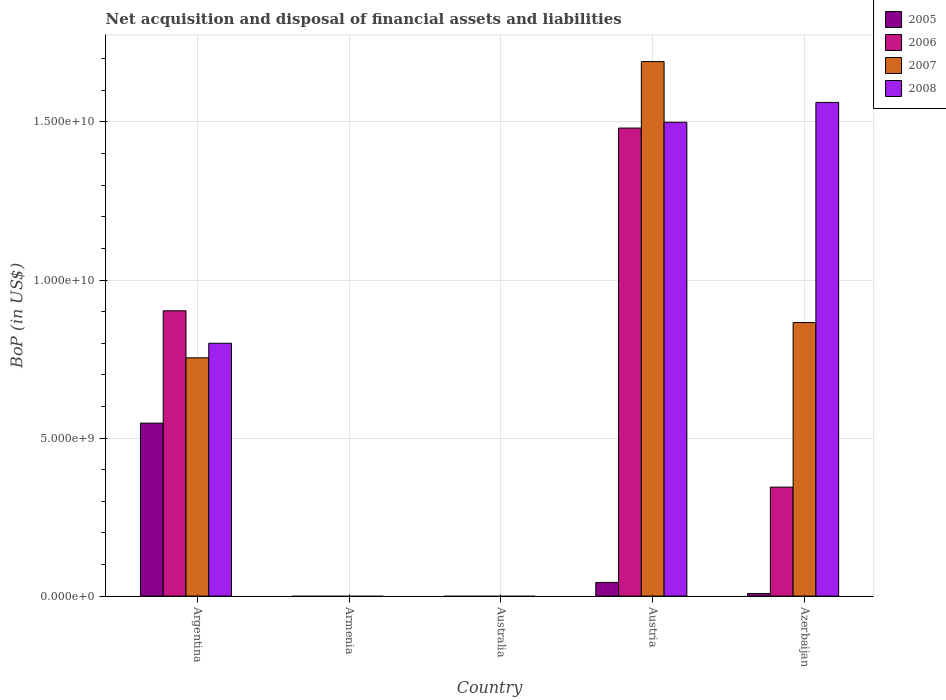
| Country | 2005 | 2006 | 2007 | 2008 |
 | --- | --- | --- | --- | --- |
 | Argentina | 5.47e+09 | 9.03e+09 | 7.54e+09 | 8e+09 |
 | Armenia | -2.03e+08 | -1.88e+08 | -5.24e+08 | -1.53e+09 |
 | Australia | -4.22e+10 | -4.37e+10 | -6.29e+10 | -5.12e+10 |
 | Austria | 4.32e+08 | 1.48e+10 | 1.69e+10 | 1.5e+10 |
 | Azerbaijan | 8.26e+07 | 3.45e+09 | 8.66e+09 | 1.56e+10 |